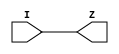
// This program was cloned from: https://github.com/colognechip/gatemate_ila
// License: GNU General Public License v3.0

// Company           :   RacyICs
//                                
// Project Name      :   p_ri    
// Subproject Name   :   s_common    
// Description       :   common cell to be used for 
//                       hard instantiated clock buffer            
//
// Last Change       :   $Date$
// by                :   $Author$                              
// -----------------------------------------------------------------------------
// Version   |  Author    |  Date         |  Comment
// -----------------------------------------------------------------------------
// 1.0       |  eisenreich  | 13 Juni 2013   |  initial release
// -----------------------------------------------------------------------------
module common_clkbuf (  I,
                        Z
                        );
   
   // synopsys translate_off
   parameter C_DELAY = 0.0;
   // synopsys translate_on
   
   input  I;

   output Z;

   wire   Z;
   
  // synopsys translate_off
  generate
	if (C_DELAY > 0) begin: DELAY
	  assign #C_DELAY Z = I;
	end
	else begin: NO_DELAY
  // synopsys translate_on
	  assign Z = I;
  // synopsys translate_off
    end
  endgenerate
  // synopsys translate_on

endmodule